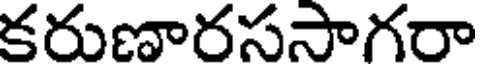
కరుణారససాగరా